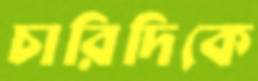
চারিদিকে